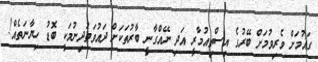
ގައުމަށް ވެރިވުމަށް ބޭރުގެ އިސްތިއުމާރީ އަދި ނޭއްގާނީ ބާރުތަކަށް ދައުވަތުދިނުމަކީ ބޮޑު ހިޔާނަތެއް!